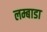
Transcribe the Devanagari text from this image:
लम्बाडा